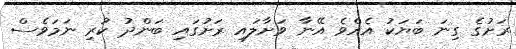
ރަށުގެ ގިނަ ބަޔަކު އެއްވެ އޭނާ ވަށާލައި ރަށުގައި ބަންދު ކުރި ނަމަވެސް